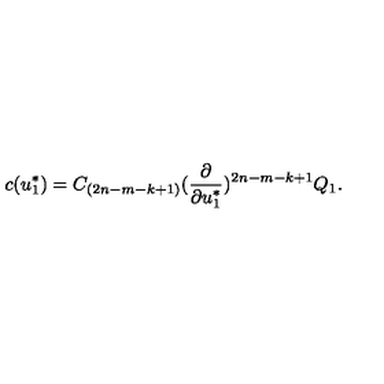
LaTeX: c ( u _ { 1 } ^ { * } ) = C _ { ( 2 n - m - k + 1 ) } ( { \frac { \partial } { \partial u _ { 1 } ^ { * } } } ) ^ { 2 n - m - k + 1 } Q _ { 1 } .